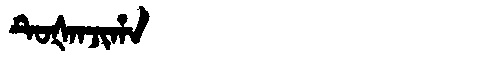
Manchu: ᡨᡠᡧᠠᠨᠵᡳᡥᠠ
Romanization: TUŠANJIHA